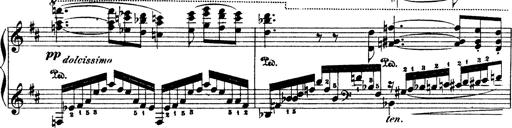
Title: Illustrations de l'opÃ©ra L'Africaine
Composer: Franz Liszt